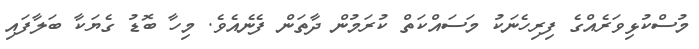
މުސްކުޅިވަރެއްގެ ފިރިހެނަކު މަސައްކަތް ކުރަމުން ދާތަން ފެނެއެވެ. މިހާ ބޮޑު ގެޔަކާ ބަލާފައި